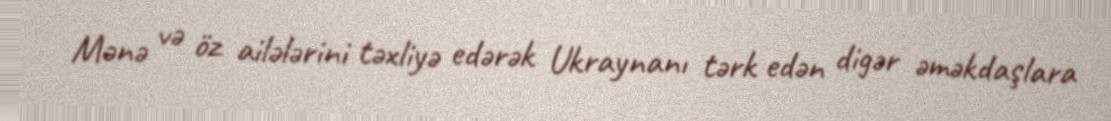
Mənə və öz ailələrini təxliyə edərək Ukraynanı tərk edən digər əməkdaşlara